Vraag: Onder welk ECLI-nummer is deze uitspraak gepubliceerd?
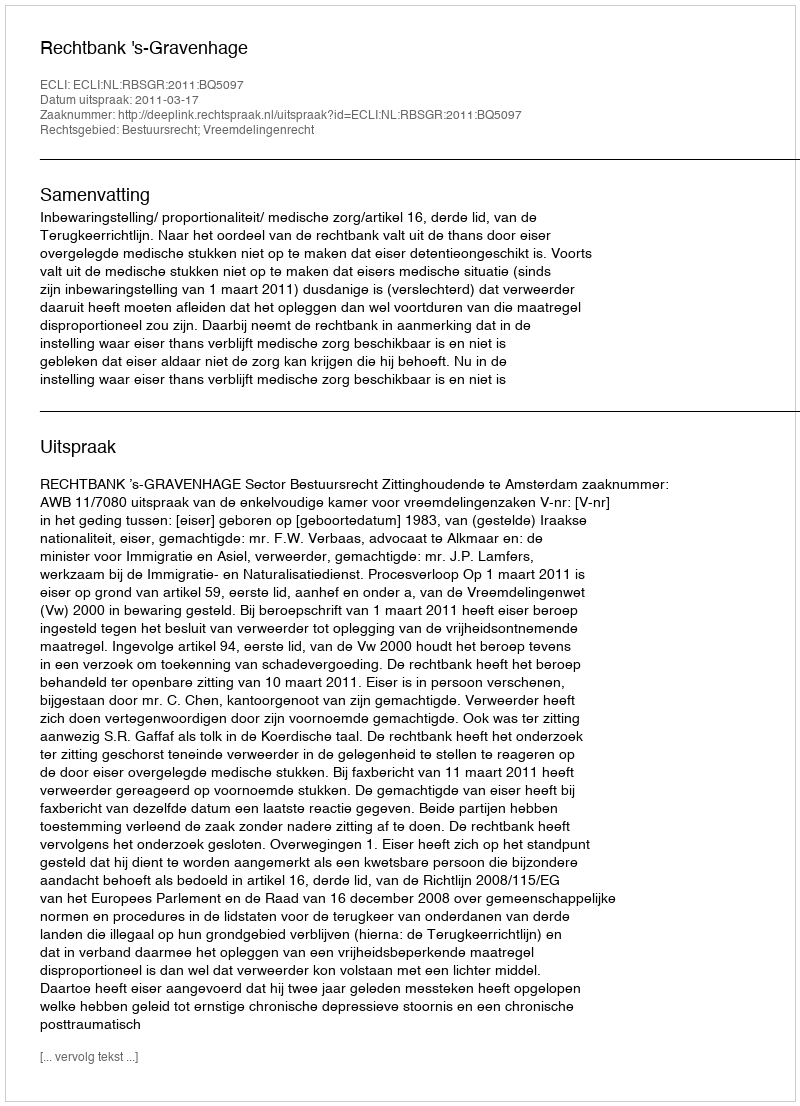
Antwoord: ECLI:NL:RBSGR:2011:BQ5097